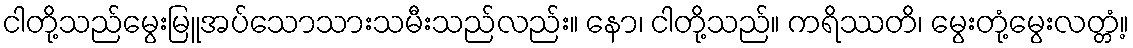
ငါတို့သည်မွေးမြူအပ်သောသားသမီးသည်လည်း။ နော၊ ငါတို့သည်။ ကရိဿတိ၊ မွေးတုံ့မွေးလတ္တံ့။